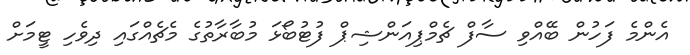
އެންމެ ފަހުން ބޭއްވި ސާފް ޗެމްޕިއަންޝިޕް ފުޓުބޯޅަ މުބާރާތުގެ މެޗެއްގައި ދިވެހި ޓީމަށް